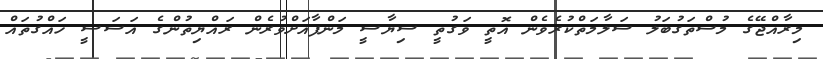
މިރާއްޖޭގެ މުސްތަގުބަލު ސަލާމަތްކުރެވެން އޮތީ ވަގުތީ ސިޔާސީ މަންފާއަށްވުރެން ރައްޔިތުންގެ އަސަސީ ހައްގުތައް